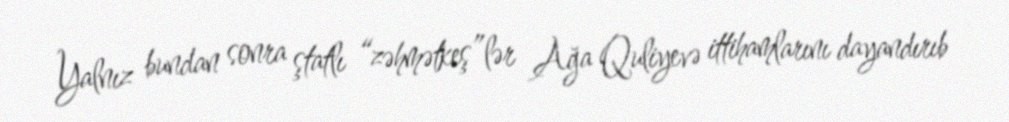
Yalnız bundan sonra ştatlı “zəhmətkeş”lər Ağa Quliyevə ittihamlarını dayandırıb